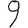
Digit: 9